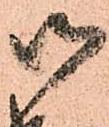
御